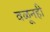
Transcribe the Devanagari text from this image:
वळूनही